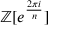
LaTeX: \mathbb { Z } [ e ^ { \frac { 2 \pi i } { n } } ]